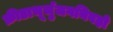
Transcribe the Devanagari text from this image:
क्रीडाभूर्भुजगनिवहो